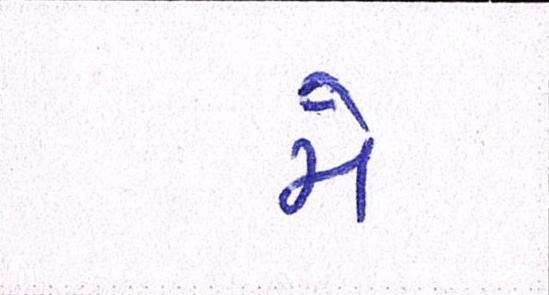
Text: મે